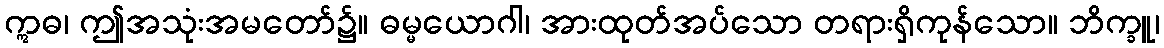
ဣဓ၊ ဤအသုံးအမတော်၌။ ဓမ္မယောဂါ၊ အားထုတ်အပ်သော တရားရှိကုန်သော။ ဘိက္ခူ၊